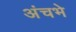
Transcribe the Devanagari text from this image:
अंचभे